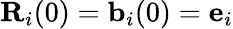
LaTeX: {\mathbf R}_{i}(0)={\mathbf b}_{i}(0)={\mathbf e}_{i}